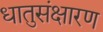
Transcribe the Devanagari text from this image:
धातुसंक्षारण